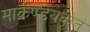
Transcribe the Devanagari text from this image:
मार्कण्डेयकृतं